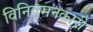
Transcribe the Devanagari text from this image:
विनियमनकारी